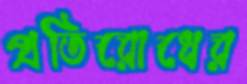
প্রতিরোধের